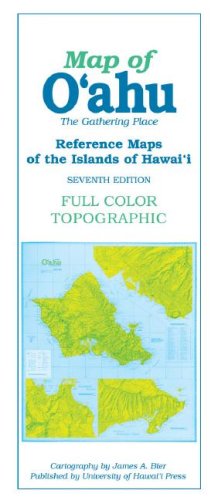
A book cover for Map of O'ahu: The Gathering Place (Reference Maps of the Islands of Hawai'i); James A. Beir; Reference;